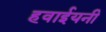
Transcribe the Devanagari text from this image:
हवाईयनी